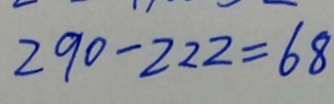
2 9 0 - 2 2 2 = 6 8